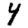
Digit: 4